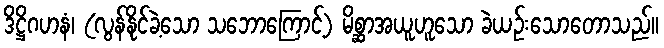
ဒိဋ္ဌိဂဟနံ၊ (လွန်နိုင်ခဲ့သော သဘောကြောင့်) မိစ္ဆာအယူဟူသော ခဲယဉ်းသောတောသည်။